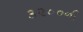
૩૨૦૦ની